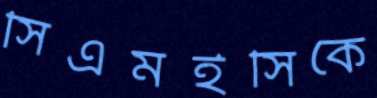
সিএমইসিকে